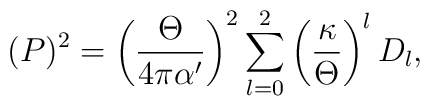
(P)^2=\left({\Theta\over{4\pi\alpha^\prime}}\right)^2     \sum_{l=0}^2\left(\kappa\over\Theta\right)^l D_l,